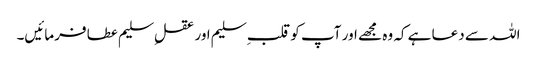
اللہ سے دعا ہے کہ وہ مجھے اور آپ کو قلب ِسلیم اور عقلِ سلیم عطا فرمائیں۔